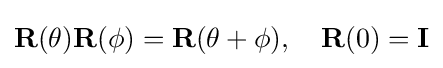
\mathbf {R} (\theta )\mathbf {R} (\phi )=\mathbf {R} (\theta +\phi ),\quad \mathbf {R} (0)=\mathbf {I}